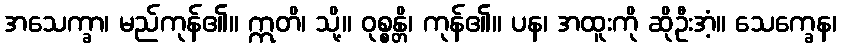
အသေက္ခာ၊ မည်ကုန်၏။ ဣတိ၊ သို့။ ဝုစ္စန္တိ၊ ကုန်၏။ ပန၊ အထူးကို ဆိုဦးအံ့။ သေက္ခေန၊